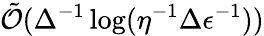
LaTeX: \tilde{\mathcal{O}}(\Delta^{-1}\log(\eta^{-1}\Delta\epsilon^{-1}))